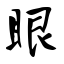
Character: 眼